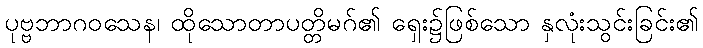
ပုဗ္ဗဘာဂဝသေန၊ ထိုသောတာပတ္တိမဂ်၏ ရှေး၌ဖြစ်သော နှလုံးသွင်းခြင်း၏